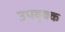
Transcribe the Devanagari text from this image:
उपवृक्क